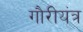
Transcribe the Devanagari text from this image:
गौरीयंत्र